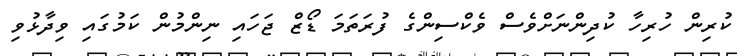
ކުރިން ހުރިހާ ކުދިންނަށްވެސް ވެކްސިންގެ ފުރަތަމަ ޑޯޒް ޖަހައި ނިންމުން ކަމުގައި ވިދާޅުވި